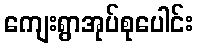
ကျေးရွာအုပ်စုပေါင်း